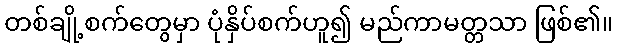
တစ်ချို့စက်တွေမှာ ပုံနှိပ်စက်ဟူ၍ မည်ကာမတ္တသာ ဖြစ်၏။